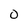
Character: O